Senior Leaving Certificate Examination (including Day School Certificate (Higher) General paper), 1949
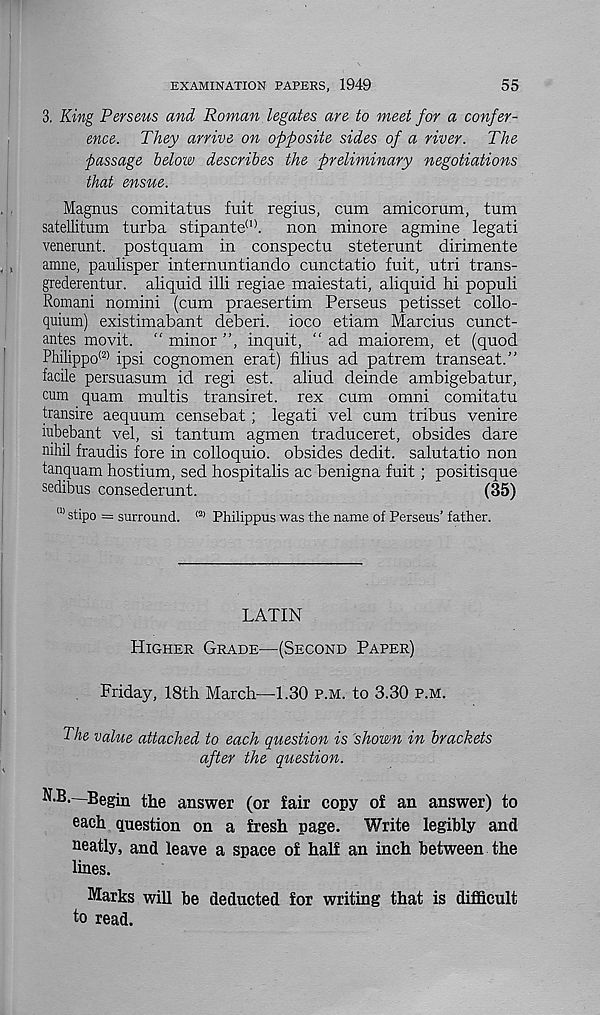
EXAMINATION PAPERS, 1949
55
3. King Perseus and Roman legates are to meet for a confer-
ence. They arrive on opposite sides of a river. The
passage below describes the preliminary negotiations
that ensue.
Magnus comitatus fuit regius, cum amicorum, turn
satellitum turba stipante (1) .
non minore agmine legati
venerunt. postquam in conspectu steterunt dirimente
amne, paulisper internuntiando cunctatio fuit, utri trans-
grederentur. aliquid illi regiae maiestati, aliquid hi populi
Romani nomini (cum praesertim Perseus petisset collo-
quium) existimabant deberi. ioco etiam Marcius cunct-
antes movit. “ minor ”, inquit, “ ad maiorem, et (quod
Philippo (2) ipsi cognomen erat) filius ad patrem transeat.”
facile persuasum id regi est. aliud deinde ambigebatur,
cum quam multis transiret. rex cum omni comitatu
transire aequum censebat; legati vel cum tribus venire
mbebant vel, si tantum agmen traduceret, obsides dare
nihil fraudis fore in colloquio. obsides dedit. salutatio non
tanquam hostium, sed hospitalis ac benigna fuit; positisque
sedibus consederunt.
(35)
ll> stipo = surround. <2) Philippus was the name of Perseus’ father.
LATIN
Higher Grade-—(Second Paper)
Friday, 18th March—1.30 p.m. to 3.30 p.m.
The value attached to each question is 'shown in brackets
after the question.
N.B. Begin the answer (or fair copy of an answer) to
each question on a fresh page.
Write legibly and
neatly, and leave a space of half an inch between the
lines.
Marks will be deducted for writing that is difficult
to read.